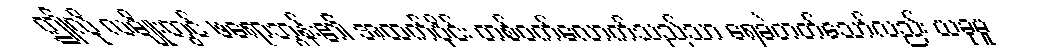
ဤလို လမျိုးတွင် ဖရောဘွန်း၏ အထက်ပိုင်း တစ်ဝက်လောက်သည်သာ ရေခဲတတ်သော်လည်း ယခုမူ